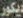
ديكور